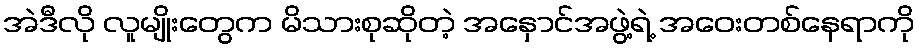
အဲဒီလို လူမျိုးတွေက မိသားစုဆိုတဲ့ အနှောင်အဖွဲ့ရဲ့ အဝေးတစ်နေရာကို